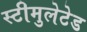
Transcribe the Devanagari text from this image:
स्टीमुलेटेड